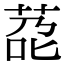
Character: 莻